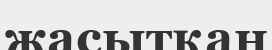
жасытқан